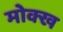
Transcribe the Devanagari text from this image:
मोक्ख